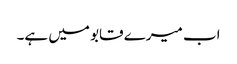
اب میرے قابو میں ہے۔